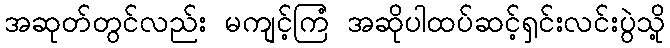
အဆုတ်တွင်လည်း မကျင့်ကြံ အဆိုပါထပ်ဆင့်ရှင်းလင်းပွဲသို့